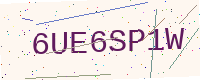
Text: 6UE6SP1W